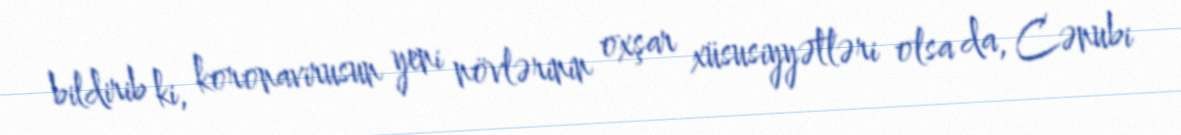
bildirib ki, koronavirusun yeni növlərinin oxşar xüsusiyyətləri olsa da, Cənubi